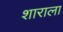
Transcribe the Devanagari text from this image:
शाराला